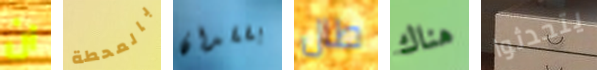
ان بالمحطة بفقدان طال هناك يتحدثوا